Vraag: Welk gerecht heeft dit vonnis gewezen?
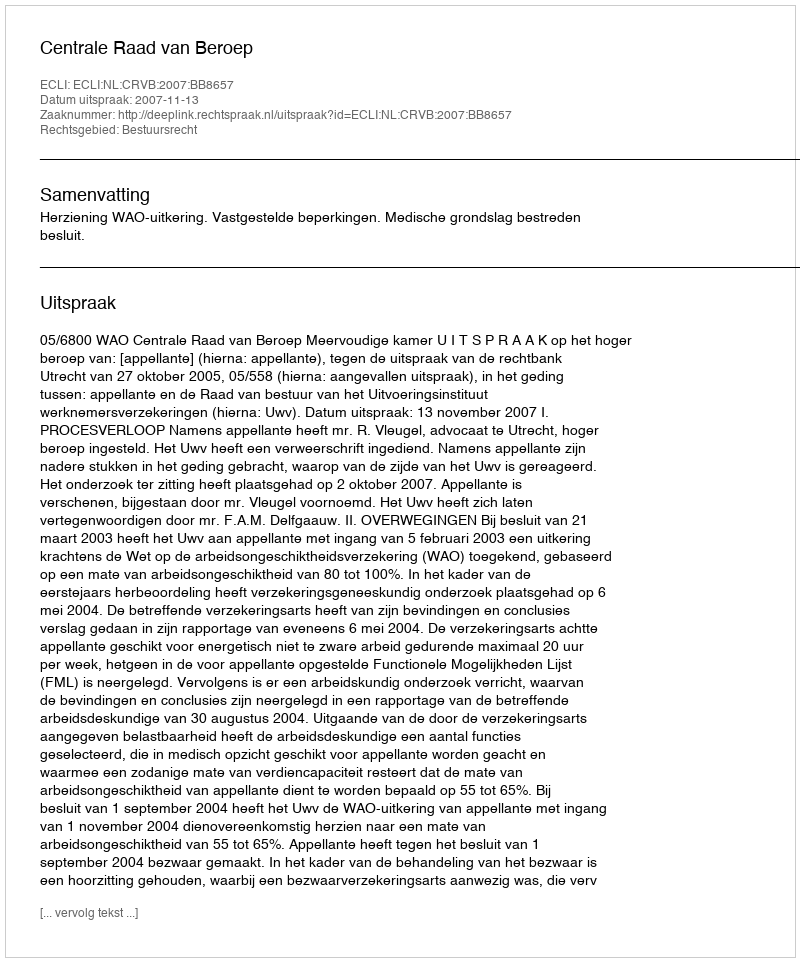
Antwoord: Centrale Raad van Beroep